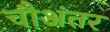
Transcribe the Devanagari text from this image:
चौअंतर